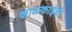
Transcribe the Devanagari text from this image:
काळकाईची